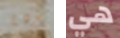
دوغ هي